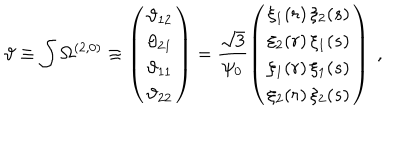
{ \vartheta } \equiv \int \Omega ^ { ( 2 , 0 ) } \equiv \left( \begin{matrix} { { \vartheta _ { 1 2 } } } \\ { { \vartheta _ { 2 1 } } } \\ { { \vartheta _ { 1 1 } } } \\ { { \vartheta _ { 2 2 } } } \\ \end{matrix} \right) = \frac { \sqrt { 3 } } { \psi _ { 0 } } \left( \begin{matrix} { { \xi _ { 1 } ( r ) \, \xi _ { 2 } ( s ) } } \\ { { \xi _ { 2 } ( r ) \, \xi _ { 1 } ( s ) } } \\ { { \xi _ { 1 } ( r ) \, \xi _ { 1 } ( s ) } } \\ { { \xi _ { 2 } ( r ) \, \xi _ { 2 } ( s ) } } \\ \end{matrix} \right) \ ,